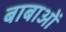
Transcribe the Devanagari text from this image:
बाबाओं